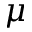
\mu